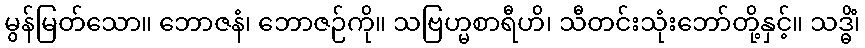
မွန်မြတ်သော။ ဘောဇနံ၊ ဘောဇဉ်ကို။ သဗြဟ္မစာရီဟိ၊ သီတင်းသုံးဘော်တို့နှင့်။ သဒ္ဓိံ၊